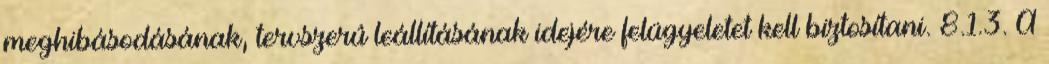
meghibásodásának, tervszerû leállításának idejére felügyeletet kell biztosítani. 8.1.3. A